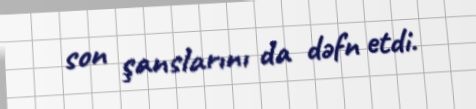
son şanslarını da dəfn etdi.